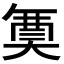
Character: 𭑟